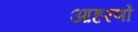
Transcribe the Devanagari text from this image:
आहरणों